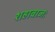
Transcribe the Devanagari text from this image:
शहाबाजः